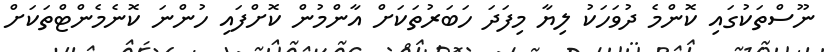
ނޫސްތަކުގައި ކޮންމެ ދުވަހަކު ލިޔާ މިފަދަ ހަބަރުތަކަށް އާންމުން ކޮށްފައި ހުންނަ ކޮނެމެންޓްތަކަށް